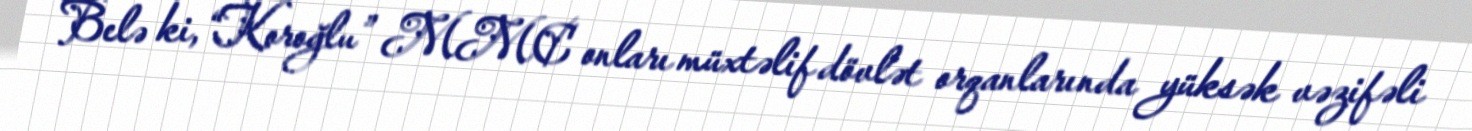
Belə ki, “Koroğlu” MMC onları müxtəlif dövlət orqanlarında yüksək vəzifəli